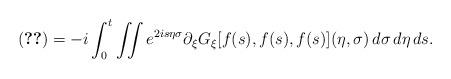
LaTeX: \begin{align*}\eqref{dxi-homogeneous} = -i\int_0^t\iint e^{2is\eta\sigma}\partial_\xi G_\xi[f(s),f(s),f(s)](\eta,\sigma)\,d\sigma\,d\eta\,ds.\end{align*}